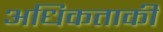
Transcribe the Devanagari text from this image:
अधिकताकी